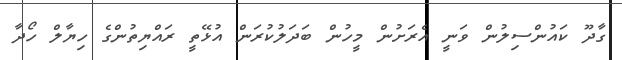
ގާދޫ ކައުންސިލުން ވަނީ އެރަށުން މީހުން ބަދަލުކުރަން އުޅޭތީ ރައްޔިތުންގެ ހިޔާލް ހޯދާ